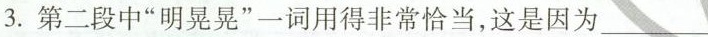
3.第二段中”明晃晃”一词用得非常恰当，这是因为___。